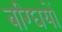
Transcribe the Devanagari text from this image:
बग्घियों